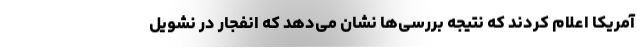
آمریکا اعلام کردند که نتیجه بررسی‌ها نشان می‌دهد که انفجار در نشویل